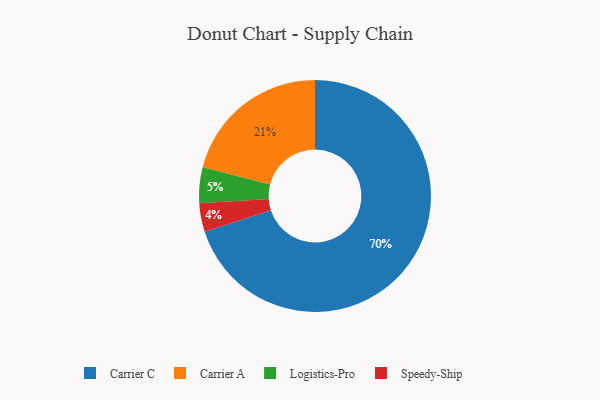
{"axis": {"x": "Category", "y": "Percentage"}, "legend": ["Carrier A", "Carrier C", "Logistics-Pro", "Speedy-Ship"], "data": [{"x": "Speedy-Ship", "y": 4, "type": "Speedy-Ship"}, {"x": "Carrier A", "y": 21, "type": "Carrier A"}, {"x": "Logistics-Pro", "y": 5, "type": "Logistics-Pro"}, {"x": "Carrier C", "y": 70, "type": "Carrier C"}]}